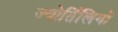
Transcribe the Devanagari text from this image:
ज्योर्तिलिगों